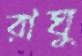
রাঘু